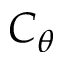
C _ { \theta }